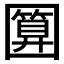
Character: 𭍵